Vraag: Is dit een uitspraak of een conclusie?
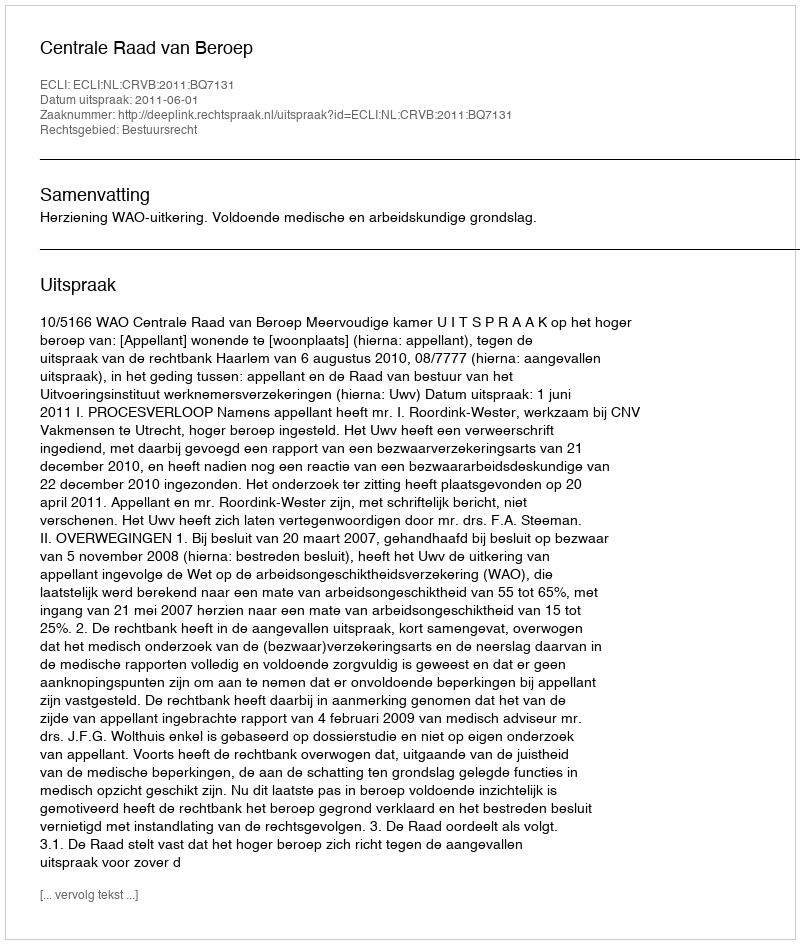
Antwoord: Uitspraak